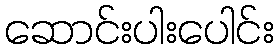
ဆောင်းပါးပေါင်း